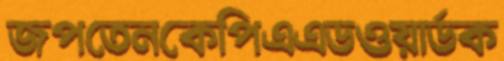
জপতেনকেপিএএডওয়ার্ডক